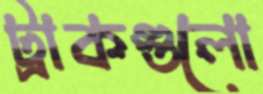
ট্রাকগুলো